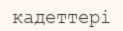
кадеттері